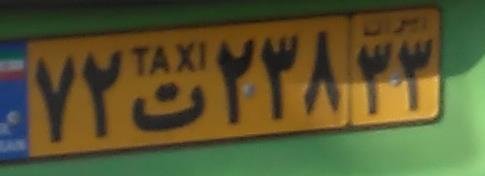
۷۲ت۲۳۸۳۳